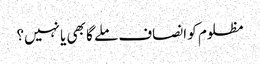
مظلوم کو انصاف ملے گا بھی یا نہیں؟